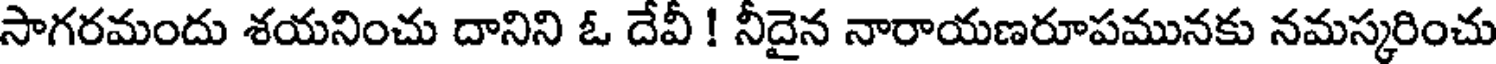
సాగరమందు శయనించు దానిని ఓ దేవీ ! నీదైన నారాయణరూపమునకు నమస్కరించు